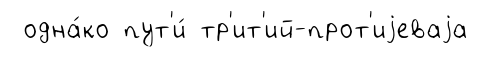
одна́ко пут'и́ тр'ит'ий-прот'иjеваjа